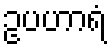
ဥပဟာရံ